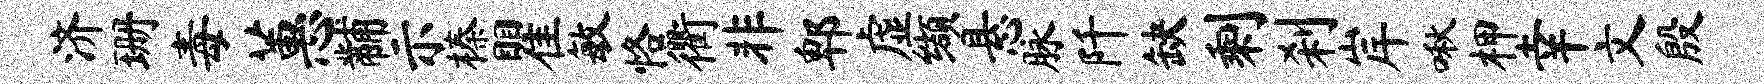
济珊毒蕙黼示榛瞿敏恪衢非郫虚缬悬脉阡缺剩刹岸啾柙幸文殷